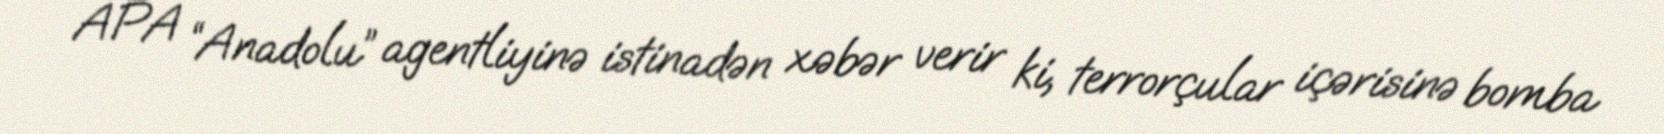
APA “Anadolu” agentliyinə istinadən xəbər verir ki, terrorçular içərisinə bomba